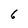
Character: 6